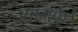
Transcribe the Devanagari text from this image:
मानक।